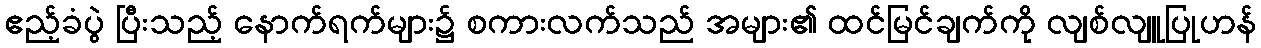
ဧည့်ခံပွဲ ပြီးသည့် နောက်ရက်များ၌ စကားလက်သည် အများ၏ ထင်မြင်ချက်ကို လျစ်လျူပြုဟန်